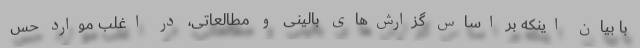
با بیان اینکه بر اساس گزارش‌های بالینی و مطالعاتی، در اغلب موارد حس